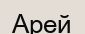
Арей